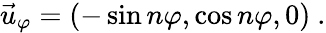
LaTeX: \vec{u}_{\varphi}=(-\sin n\varphi,\cos n\varphi,0)\ .